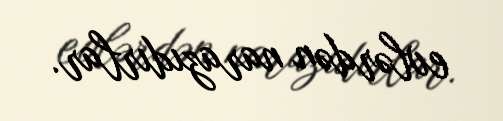
evlərdən narazıdırlar.